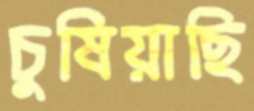
চুষিয়াছি